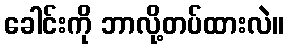
ခေါင်းကို ဘာလို့တပ်ထားလဲ။